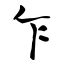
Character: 乍